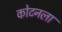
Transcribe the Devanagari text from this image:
कोटनला